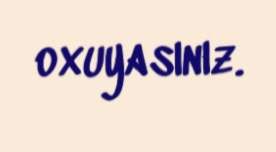
oxuyasınız.